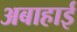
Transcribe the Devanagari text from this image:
अबाहाई